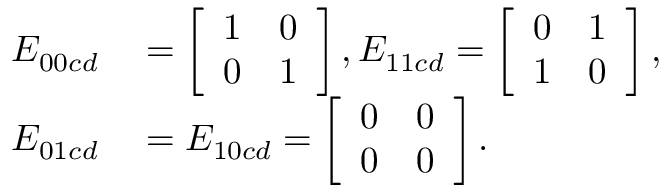
\begin{array} { r l } { E _ { 0 0 c d } } & { { } = \left[ \begin{array} { l l } { 1 } & { 0 } \\ { 0 } & { 1 } \end{array} \right] , E _ { 1 1 c d } = \left[ \begin{array} { l l } { 0 } & { 1 } \\ { 1 } & { 0 } \end{array} \right] , } \\ { E _ { 0 1 c d } } & { { } = E _ { 1 0 c d } = \left[ \begin{array} { l l } { 0 } & { 0 } \\ { 0 } & { 0 } \end{array} \right] . } \end{array}